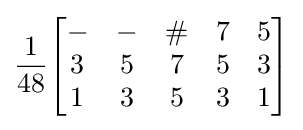
{\frac {1}{48}}{\begin{bmatrix}-&-&\#&7&5\\3&5&7&5&3\\1&3&5&3&1\end{bmatrix}}